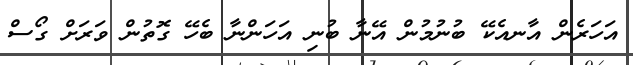
އަހަރެން އާނއެކޭ ބުނުމުން އޭނާ ބުނި އަހަންނާ ބެހޭ ގޮތުން ވަރަށް ގޯސް